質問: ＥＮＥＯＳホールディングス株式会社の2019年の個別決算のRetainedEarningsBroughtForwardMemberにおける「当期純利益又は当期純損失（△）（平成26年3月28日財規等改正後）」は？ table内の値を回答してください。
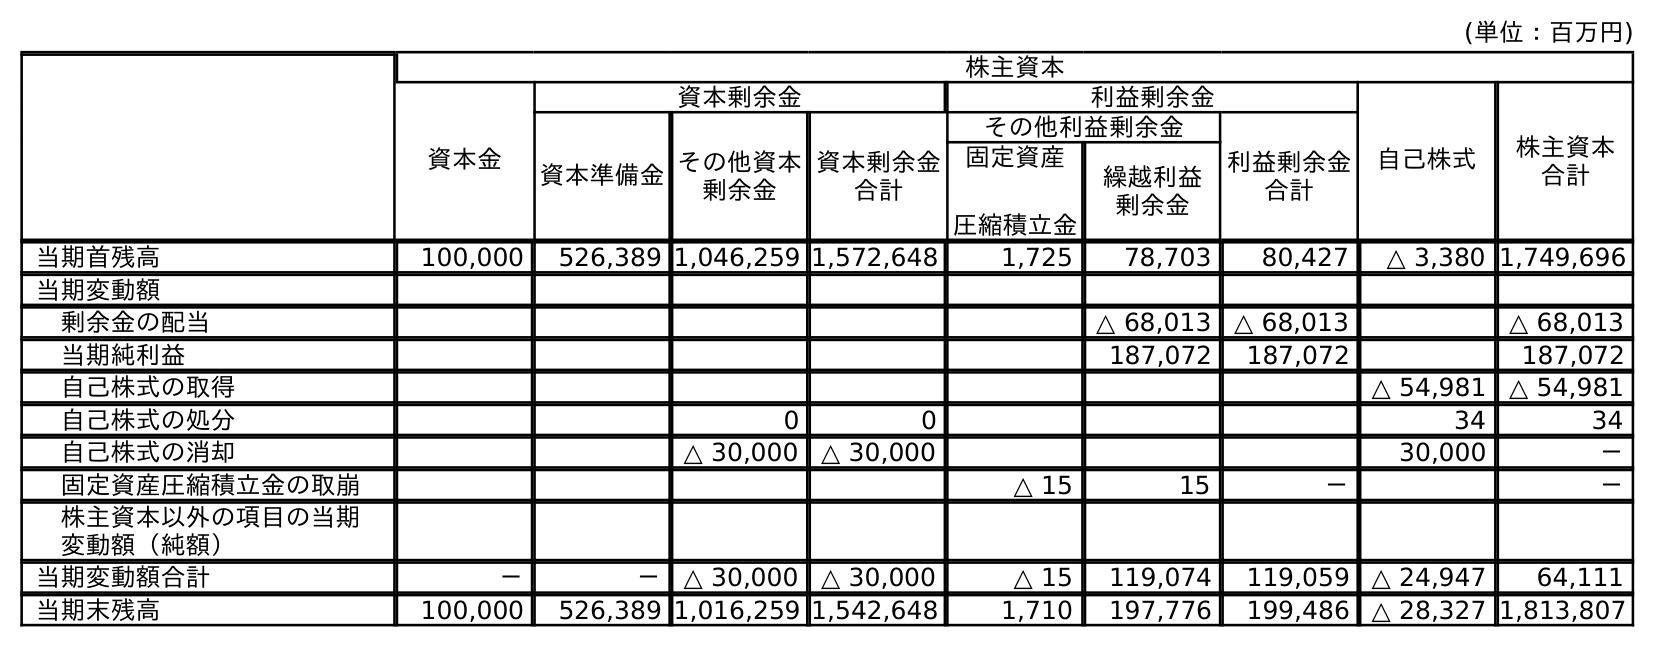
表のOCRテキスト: (単位：百万円) 株主資本 資本金 資本剰余金 利益剰余金 自己株式 株主資本 合計 資本準備金その他資本 剰余金 資本剰余金 合計 その他利益剰余金 利益剰余金 合計 固定資産 圧縮積立金 繰越利益 剰余金 当期首残高 100,000 526,389 1,046,259 1,572,648 1,725 78,703 80,427 △ 3,380 1,749,696 当期変動額 剰余金の配当 △ 68,013 △ 68,013 △ 68,013 当期純利益 187,072 187,072 187,072 自己株式の取得 △ 54,981 △ 54,981 自己株式の処分 0 0 34 34 自己株式の消却 △ 30,000 △ 30,000 30,000 － 固定資産圧縮積立金の取崩 △ 15 15 － － 株主資本以外の項目の当期 変動額（純額） 当期変動額合計 － － △ 30,000 △ 30,000 △ 15 119,074 119,059 △ 24,947 64,111 当期末残高 100,000 526,389 1,016,259 1,542,648 1,710 197,776 199,486 △ 28,327 1,813,807
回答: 187,072